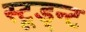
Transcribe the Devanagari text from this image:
स्टूड्न्ट